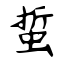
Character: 蜇